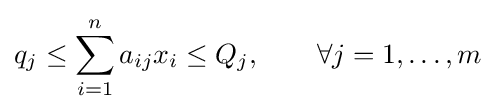
q_{j}\leq \sum _{i=1}^{n}a_{ij}x_{i}\leq Q_{j},\quad \quad \forall j=1,\dots ,m